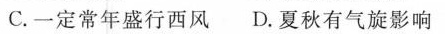
C.一定常年盛行西风 D.夏秋有气旋影响